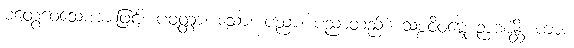
မတွေဝေသောအားဖြင့်။ ပဝတ္တာ၊ သော။ ပညာ၊ ပညာတည်း။ သစ္စဝိဝဋ္ဋေ ဉာဏန္တိ၊ ကား။